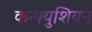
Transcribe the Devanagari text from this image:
कन्फ्युशियन